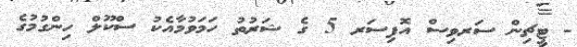
- ޓީޗިން ސަރވިސް އޮފިސަރ 5 ގެ ޝަރުތު ހަމަވުމާއެކު ސްކޫލް ހިންގުމުގެ